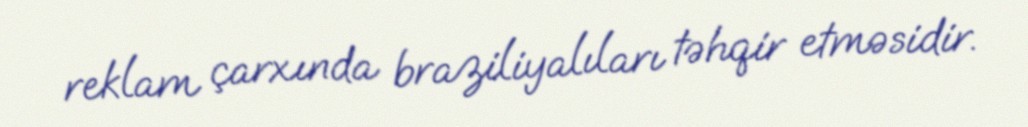
reklam çarxında braziliyalıları təhqir etməsidir.